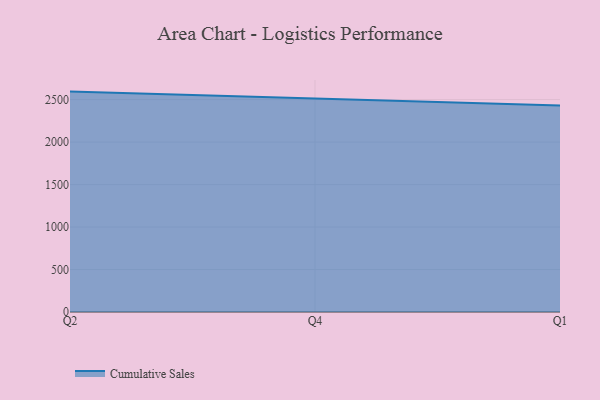
{"axis": {"x": "Quarter", "y": "Net Income (USD K)"}, "legend": ["Cumulative Sales"], "data": [{"x": "Q2", "y": 2593.9, "type": "Cumulative Sales"}, {"x": "Q4", "y": 2511.2, "type": "Cumulative Sales"}, {"x": "Q1", "y": 2431.3, "type": "Cumulative Sales"}]}